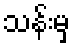
သန်းမှ